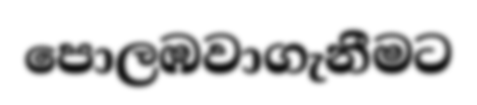
පොලඹවාගැනීමට